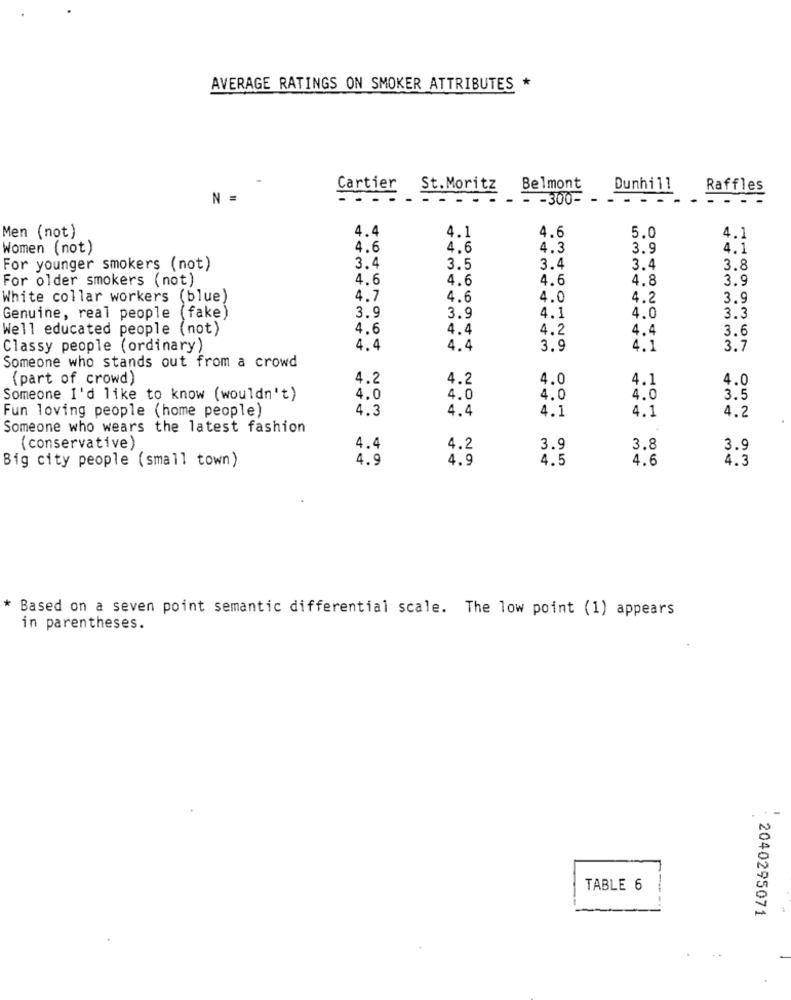
AVERAGE RATINGS ON SMOKER ATTRIBUTES *
Cartier
St.Moritz
Belmont
Dunhill
Raffles
N =
- - 300-
- --
4.4
4.1
4.6
4.1
Men (not)
5.0
Women (not)
4.6
4.6
4.3
3.9
4.1
For younger smokers (not)
3.4
3.5
3.4
3.4
3.8
For older smokers (not)
4.6
4.6
4.6
4.8
3.9
White collar workers (blue)
4.7
4.6
4.0
4.2
3.9
Genuine, real people (fake)
3.9
3.9
4.1
4.0
3.3
Well educated people (not)
4.6
4.4
4.2
4.4
3.6
Classy people (ordinary)
4.4
4.4
3.9
4.1
3.7
Someone who stands out from a crowd
(part of crowd)
4.2
4.2
4.0
4.1
4.0
Someone I'd like to know (wouldn't)
4.0
4.0
4.0
4.0
3.5
Fun loving people (home people)
4.3
4.4
4.1
4.2
4.1
Someone who wears the latest fashion
(conservative)
4.4
4.2
3.9
3.8
3.9
Big city people (small town)
4.9
4.9
4.5
4.6
4.3
* Based on a seven point semantic differential scale. The low point (1) appears
in parentheses.
TABLE 6
2040295071